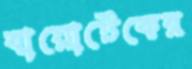
বায়োটেকের